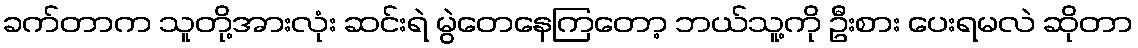
ခက်တာက သူတို့အားလုံး ဆင်းရဲ မွဲတေနေကြတော့ ဘယ်သူ့ကို ဦးစား ပေးရမလဲ ဆိုတာ